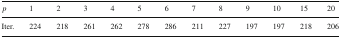
<table><thead><tr><td><b><i>p</i></b></td><td><b>1</b></td><td><b>2</b></td><td><b>3</b></td><td><b>4</b></td><td><b>5</b></td><td><b>6</b></td><td><b>7</b></td><td><b>8</b></td><td><b>9</b></td><td><b>10</b></td><td><b>15</b></td><td><b>20</b></td></tr></thead><tbody><tr><td>Iter.</td><td>224</td><td>218</td><td>261</td><td>262</td><td>278</td><td>286</td><td>211</td><td>227</td><td>197</td><td>197</td><td>218</td><td>206</td></tr></tbody></table>